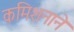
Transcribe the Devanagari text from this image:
कमिशनाने